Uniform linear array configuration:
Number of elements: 48
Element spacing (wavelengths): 0.5
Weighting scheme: cosine
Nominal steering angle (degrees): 60
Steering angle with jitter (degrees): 61.865
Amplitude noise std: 0.05
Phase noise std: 0.05

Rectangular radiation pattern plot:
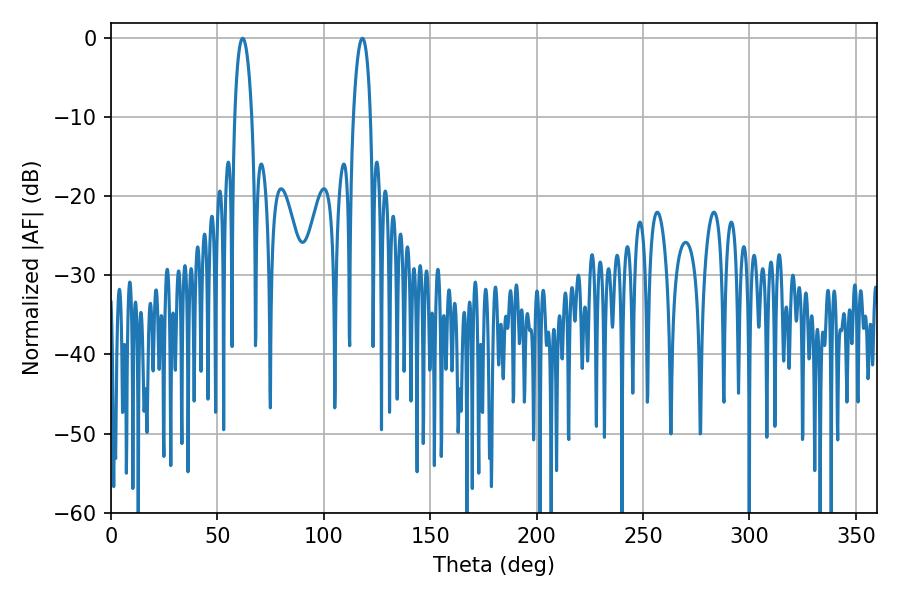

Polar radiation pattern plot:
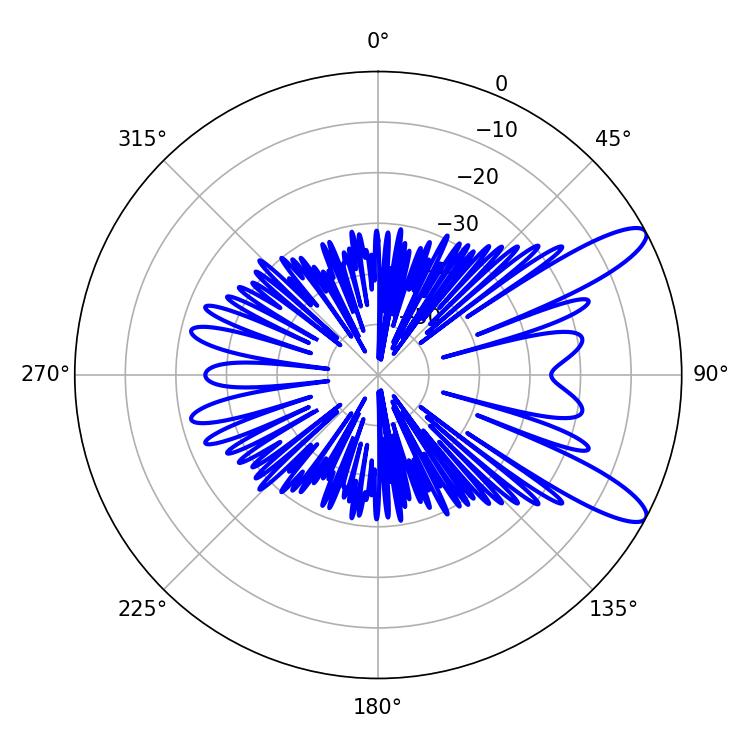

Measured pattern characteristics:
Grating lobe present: FALSE
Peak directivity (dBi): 11.086
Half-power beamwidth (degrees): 4.5
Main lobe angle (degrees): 61.92